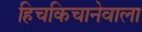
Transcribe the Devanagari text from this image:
हिचकिचानेवाला